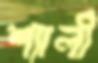
শ্যালী